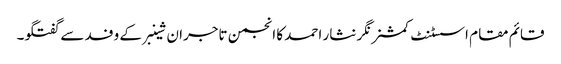
قائم مقام اسسٹنٹ کمشنر نگر نثار احمد کا انجمن تاجران شینبرکے وفد سے گفتگو۔